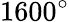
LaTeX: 1600^{\circ}